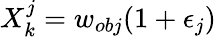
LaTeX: X_{k}^{j}=w_{obj}(1+\epsilon_{j})